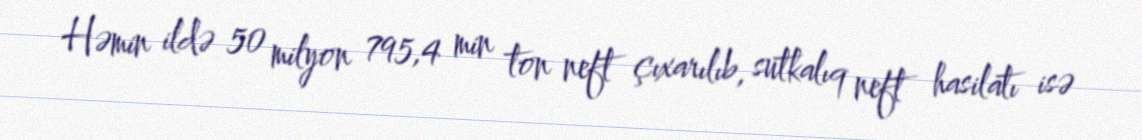
Həmin ildə 50 milyon 795,4 min ton neft çıxarılıb, sutkalıq neft hasilatı isə